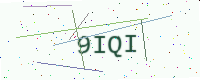
Text: 9IQI